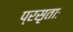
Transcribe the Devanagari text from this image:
प्रसृताः